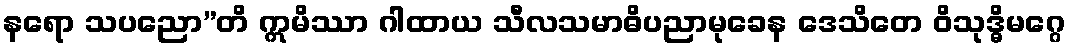
နရော သပညော”တိ ဣမိဿာ ဂါထာယ သီလသမာဓိပညာမုခေန ဒေသိတေ ဝိသုဒ္ဓိမဂ္ဂေ